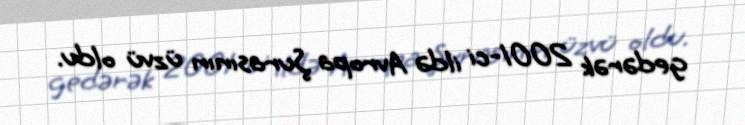
gedərək 2001-ci ildə Avropa Şurasının üzvü oldu.